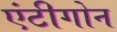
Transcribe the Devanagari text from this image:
एंटीगोन